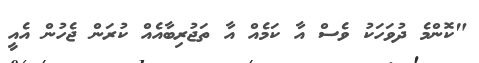
"ކޮންމެ ދުވަހަކު ވެސް އާ ކަމެއް އާ ތަޖުރިބާއެއް ކުރަން ޖެހުން އެއީ